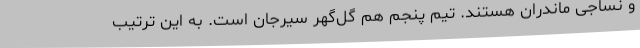
و نساجی ماندران هستند. تیم پنجم هم گل‌گهر سیرجان است. به این ترتیب